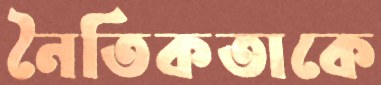
নৈতিকতাকে